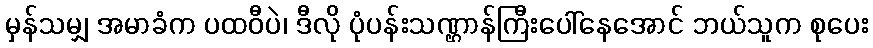
မှန်သမျှ အမာခံက ပထဝီပဲ၊ ဒီလို ပုံပန်းသဏ္ဌာန်ကြီးပေါ်နေအောင် ဘယ်သူက စုပေး